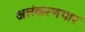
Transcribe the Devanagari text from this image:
अलंकरणभार